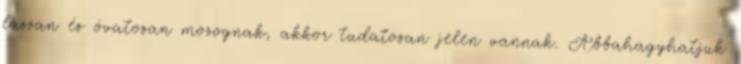
lassan és óvatosan mozognak, akkor tudatosan jelen vannak. Abbahagyhatjuk